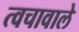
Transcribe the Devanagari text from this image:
त्वचावाले